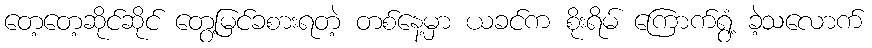
တေ့တေ့ဆိုင်ဆိုင် တွေ့မြင်ခစားရတဲ့ တစ်နေ့မှာ ယခင်က စိုးရိမ် ကြောက်ရွံ့ ခဲ့သလောက်